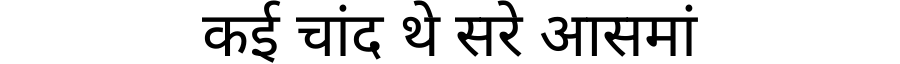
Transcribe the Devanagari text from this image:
कई चांद थे सरे आसमां